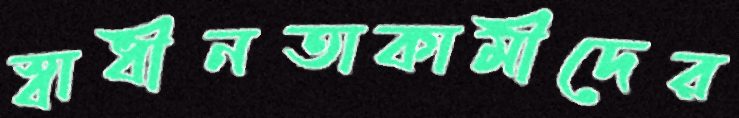
স্বাধীনতাকামীদের